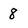
Character: 8